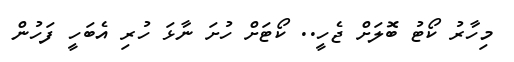
މިހާރު ކޯޓު ބޮލަށް ޖެހީ.. ކޯޓަށް ހުށަ ނާޅަ ހުރި އެބަހީ ފަހުން